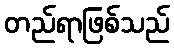
တည်ရာဖြစ်သည်